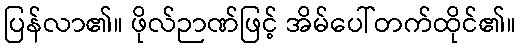
ပြန်လာ၏။ ဖိုလ်ဉာဏ်ဖြင့် အိမ်ပေါ်တက်ထိုင်၏။